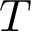
T